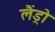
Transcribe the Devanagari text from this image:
लैंड्रो